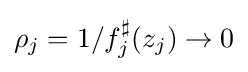
\rho _{j}=1/f_{j}^{\sharp }(z_{j})\to 0